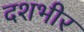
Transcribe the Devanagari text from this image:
दशभीर